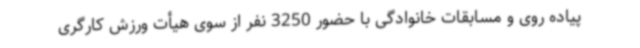
پیاده روی و مسابقات خانوادگی با حضور 3250 نفر از سوی هیأت ورزش کارگری